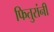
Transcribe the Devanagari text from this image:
फितुरांनी